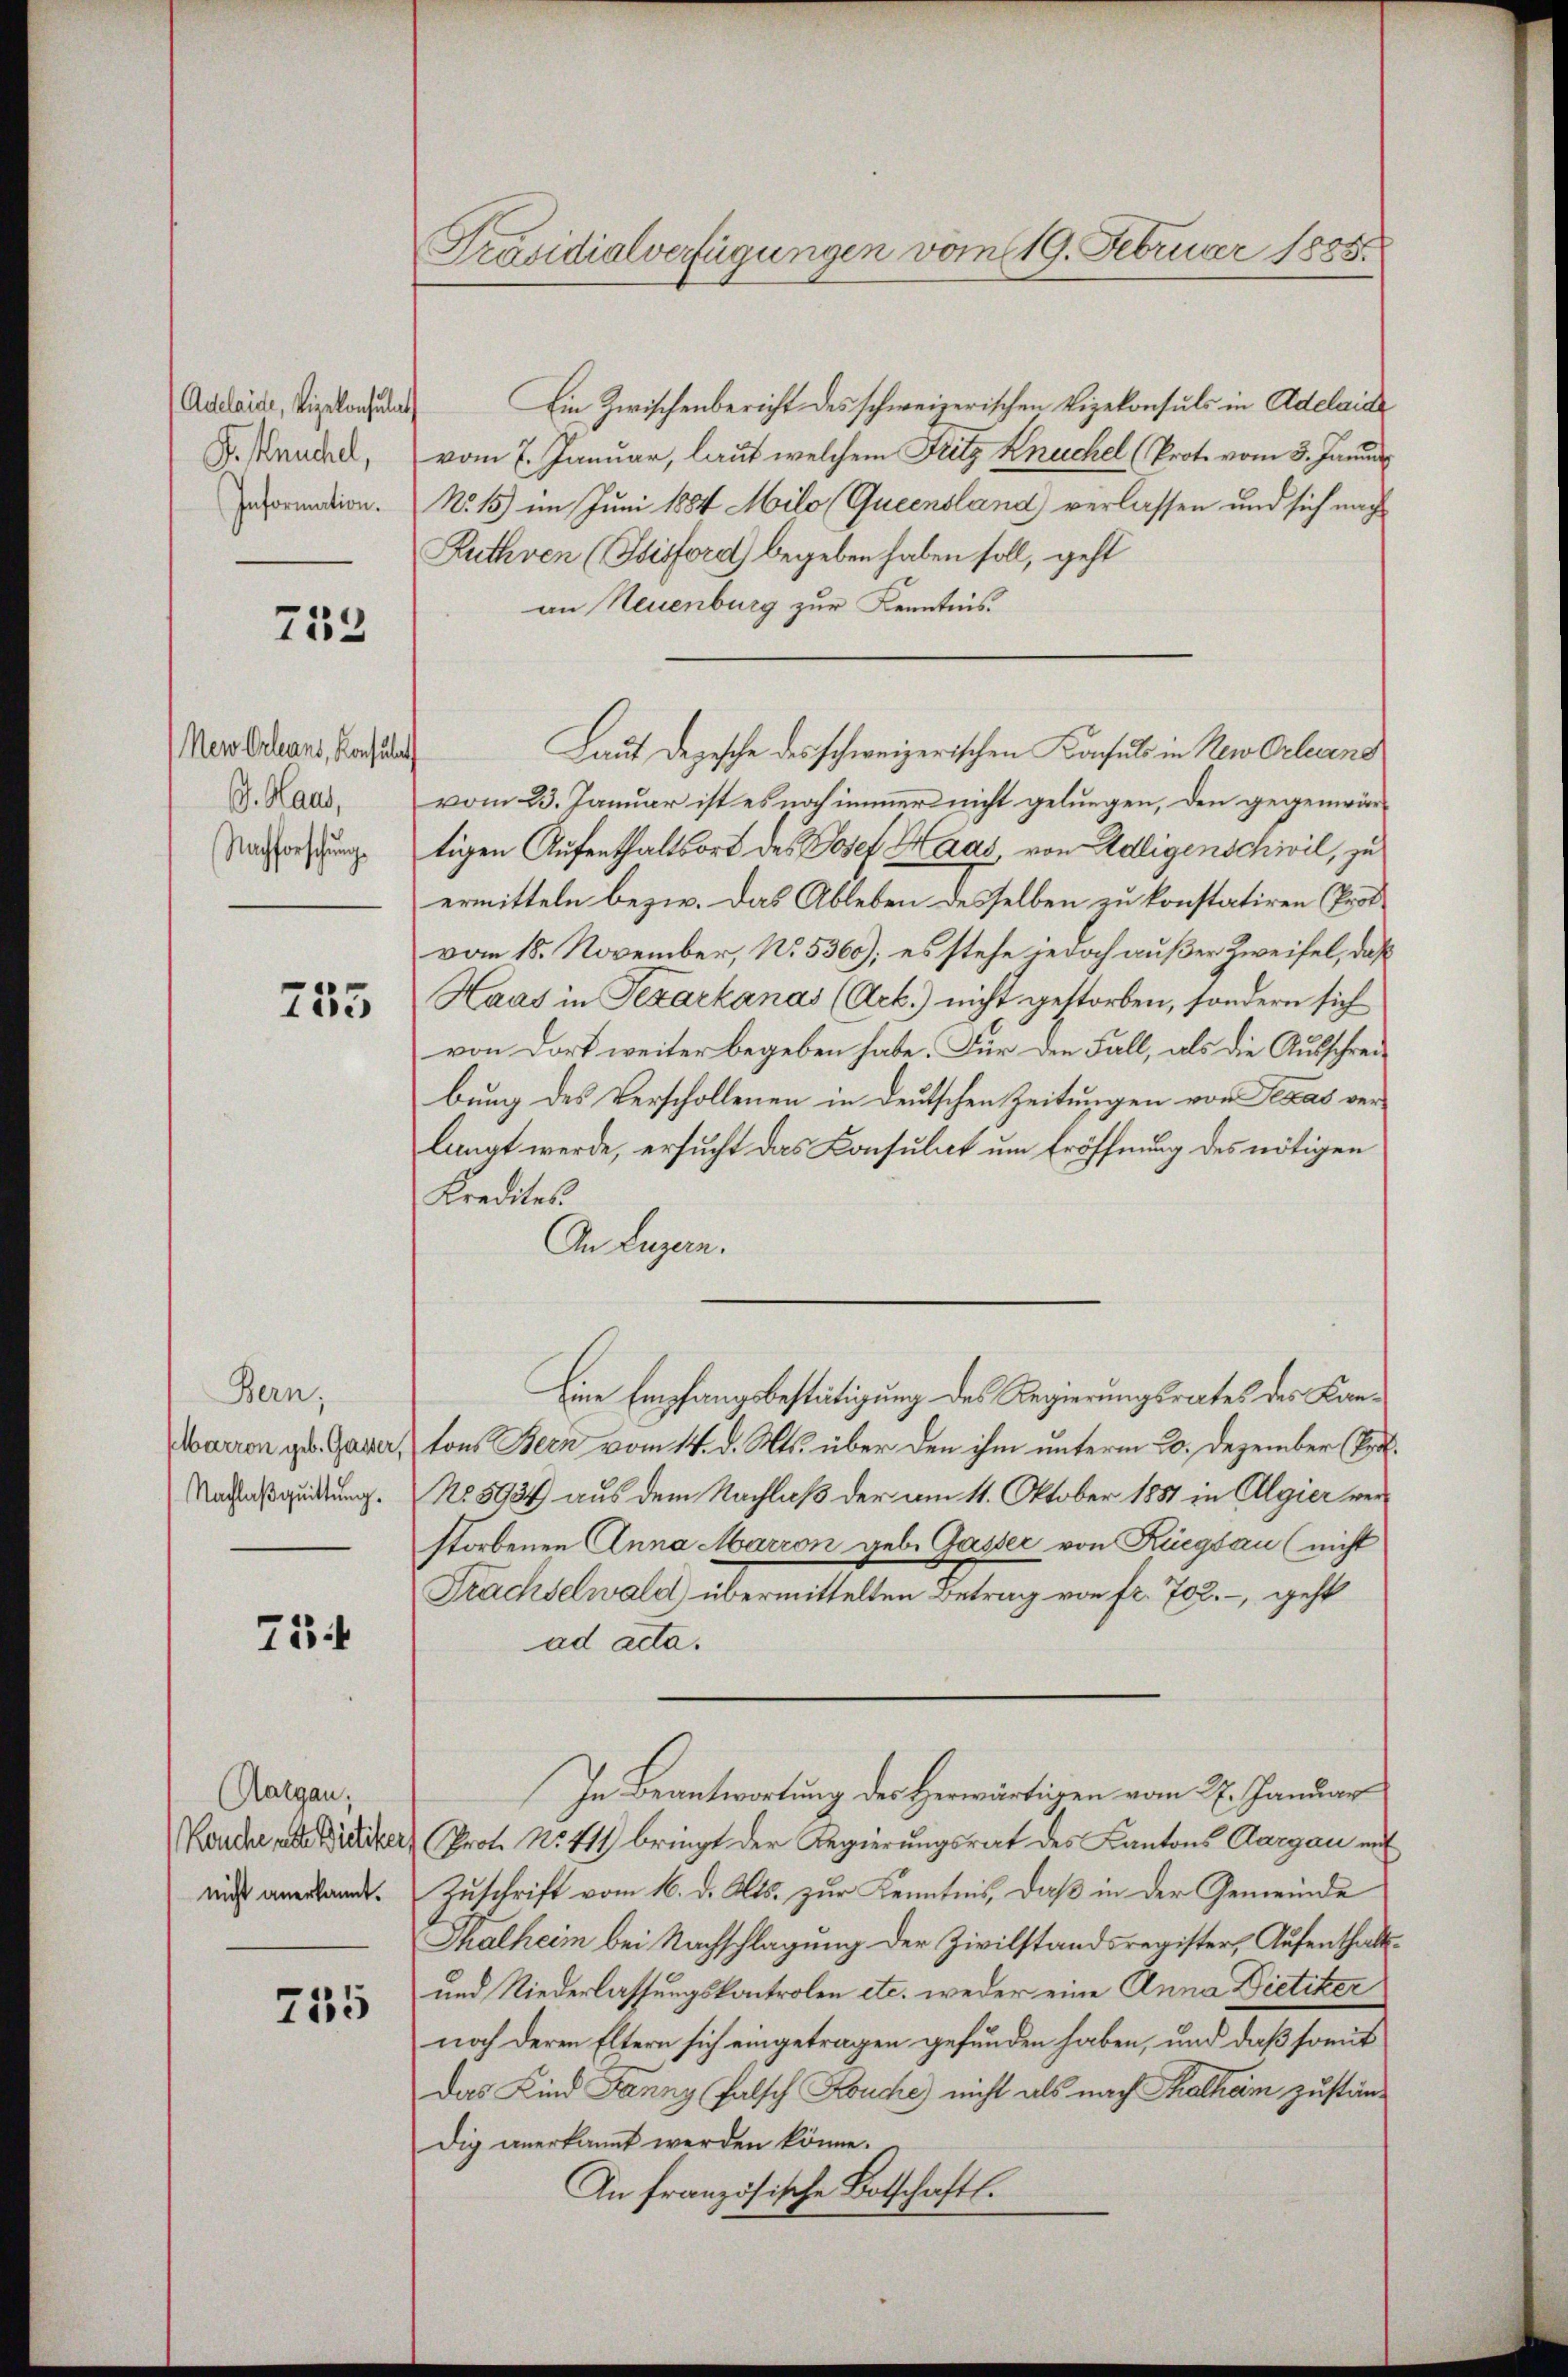
Adelaide, Vizekonsulat
Pr. Bruchel,
Information.

753

Neu Orleans, Konsulat
G. Haus,
Nachforschung

755

Bern,
Marron geb. Gasser,
Nachlaßquittung.

71

Aargau,
Kouche alte Bietiker,
nicht anerkannt.

715

Präsidialverfügungen vom 19. Februar 1885.

Ein Zwischenbericht des schweizerischen Vizekonsuls in Adelais
vom 7. Januar, laut welchem Fritz Knuchel (Prot. vom 3. Janua
No 15) im Juni 1884 Milo (Queensland) verlassen und sich nach
Ruthven (Stisford) begeben haben soll, geht
an Neuenburg zur Kenntnis.
Laut Depesche des schweizerischen Konsuls in New Orleans
vom 23. Januar ist es noch immer nicht gelungen, den gegenwär-
tigen Aufenthaltsort des Josef Haas von Adligenschwil, zu
ermitteln bezw. Das Ableben desselben zu konstatiren (Provom 18. November, No. 5360); es stehe jedoch außer Zweifel, daß
Haas in Texarkanas (Ack.) nicht gestorben, sondern sich
von dort weiter begeben habe. Für den Fall, als die Ausschreibung des Verschollenen in deutschen Zeitungen von Texas verlangt werde, ersucht das Consulat um Eröffnung des nötigen
Kredites.
An Luzern.
Eine Empfangsbestätigung des Regierungsrates des Kantons Bern vom 14. d. Mts. über den ihm unterm 20. Dezember (Bru
No 5934 aus dem Nachlaß der am 11. Oktober 1881 in Algier verstorbenen Anna Marron geb. Gasser von Küegsau (nicht
Frachselwald übermittelten Betrag von fr. 702. – geht
ad acta.
In Beantwortung des Herwärtigen vom 27. Januar
Proto No. 411 bringt der Regierungsrat des Kantons Aargau mit
Zuschrift vom 16. d. Mts. zur Kenntnis, daß in der Gemeinde
Thalheim bei Nachschlagung der Zivilstandsregister, Aufenthalt¬
und Niederlassungskontrolen etc. weder eine Anna Dietiker
noch deren Eltern sich eingetragen gefunden haben, und daß somit
Das Kind Fanny (Falsch Kouche) nicht als nach Thalheim zustän-
dig anerkannt werden könne.
An französische Botschaftl.